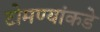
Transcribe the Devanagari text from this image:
टोमण्यांकडे